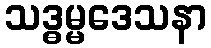
သဒ္ဓမ္မဒေသနာ